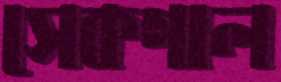
সেকগাল